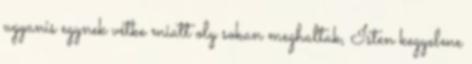
ugyanis egynek vétke miatt oly sokan meghaltak, Isten kegyelme